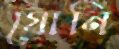
যোনি